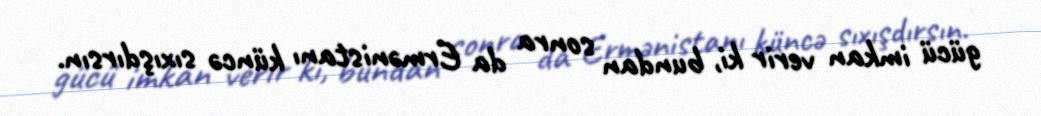
gücü imkan verir ki, bundan sonra da Ermənistanı küncə sıxışdırsın.